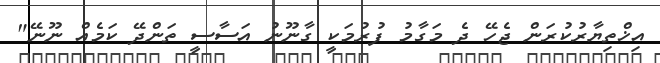
އިޚްތިޔާރުކުރަން ޖެހޭ ދެ މަގާމު ފުރުމަކީ ގާނޫނު އަސާސީ ތަންދޭ ކަމެއް ނޫނޭ"